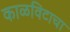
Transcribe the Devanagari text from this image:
काळविटाचा